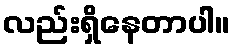
လည်းရှိနေတာပါ။